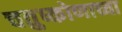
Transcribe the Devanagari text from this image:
चतुष्कोणाच्या